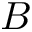
B